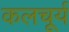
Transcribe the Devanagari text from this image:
कलचूर्य